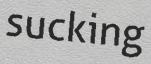
sucking